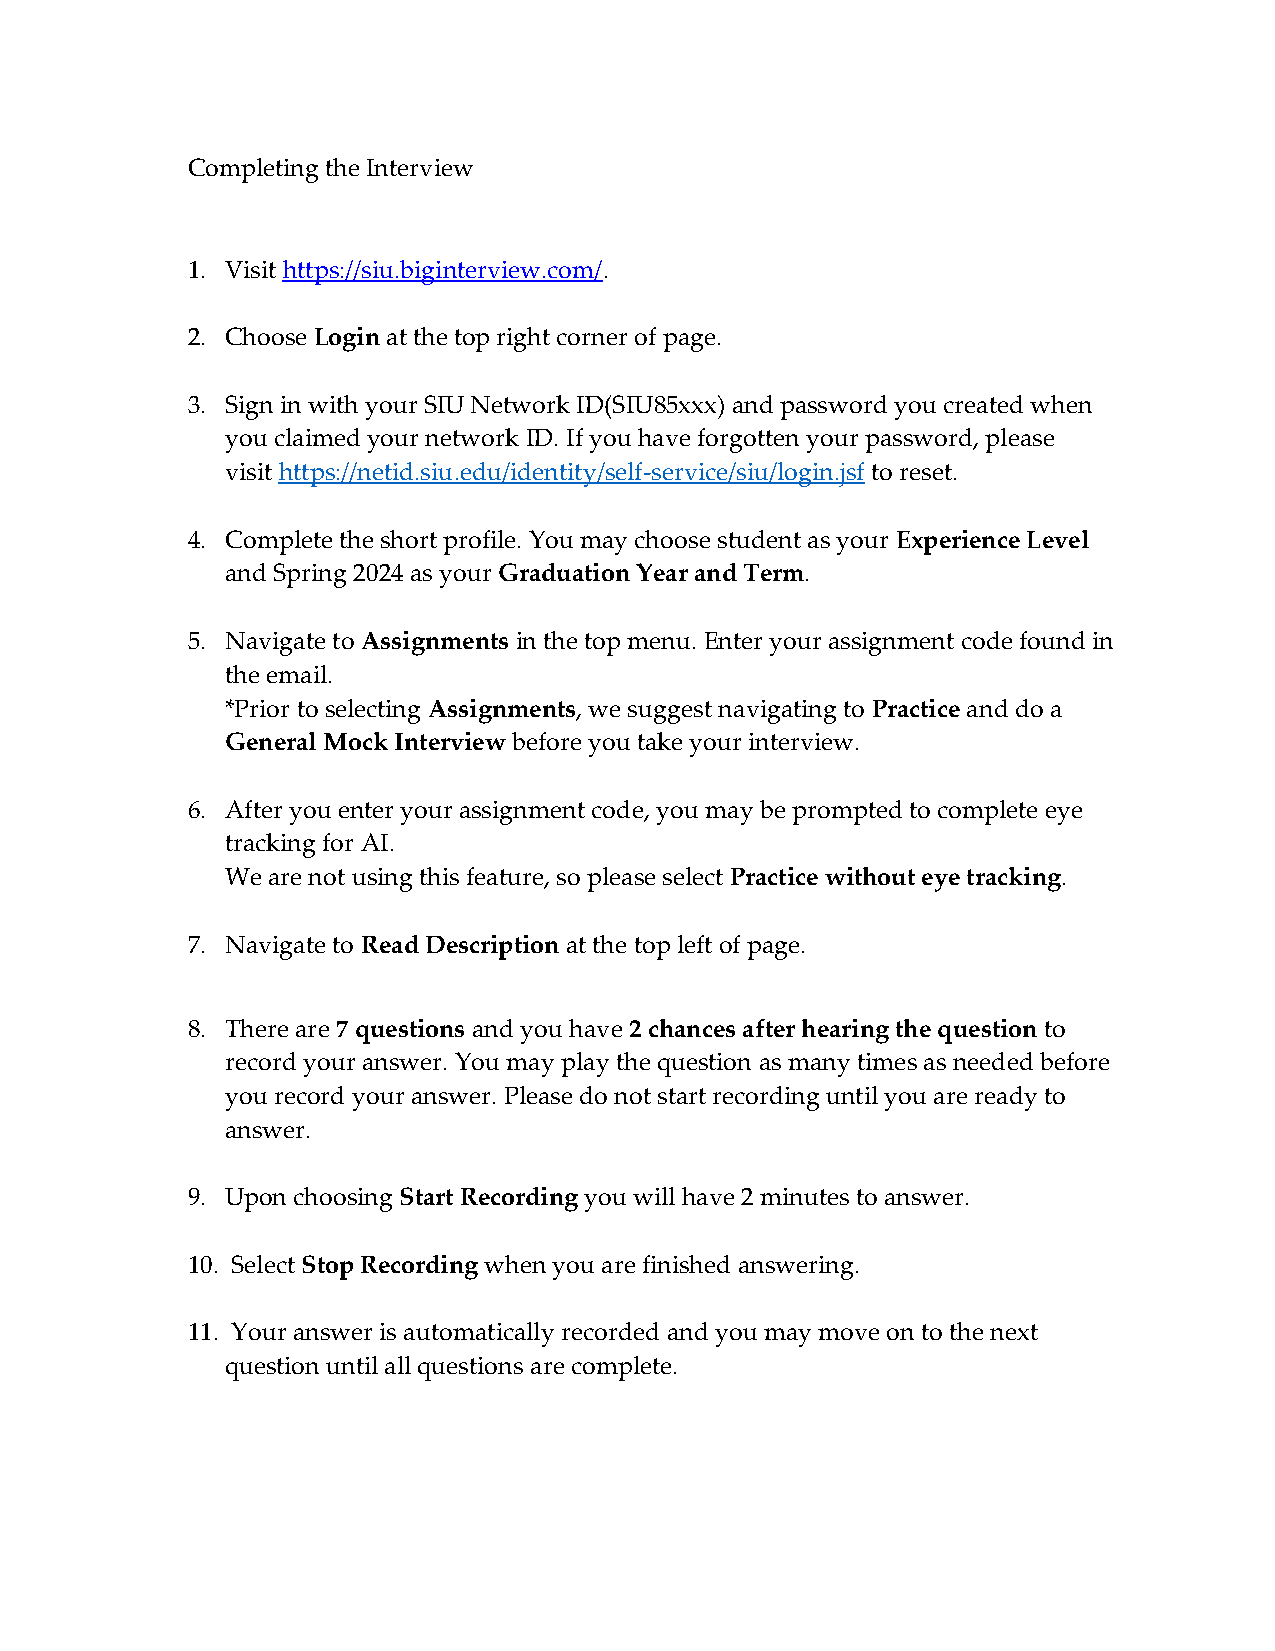
Completing the Interview
 1. Visit https://siu.biginterview.com/.
 2. Choose Login at the top right corner of page.
 3. Sign in with your SIU Network ID(SIU85xxx) and password you created when
 you claimed your network ID. If you have forgotten your password, please
 visit https://netid.siu.edu/identity/self-service/siu/login.jsf to reset.
 4. Complete the short profile. You may choose student as your Experience Level
 and Spring 2024 as your Graduation Year and Term.
 5. Navigate to Assignments in the top menu. Enter your assignment code found in
 the email.
 *Prior to selecting Assignments, we suggest navigating to Practice and do a
 General Mock Interview before you take your interview.
 6. After you enter your assignment code, you may be prompted to complete eye
 tracking for AI.
 We are not using this feature, so please select Practice without eye tracking.
 7. Navigate to Read Description at the top left of page.
 8. There are 7 questions and you have 2 chances after hearing the question to
 record your answer. You may play the question as many times as needed before
 you record your answer. Please do not start recording until you are ready to
 answer.
 9. Upon choosing Start Recording you will have 2 minutes to answer.
 10. Select Stop Recording when you are finished answering.
 11. Your answer is automatically recorded and you may move on to the next
 question until all questions are complete.